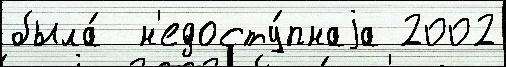
была́  н'едосту́пнаjа 2002